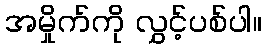
အမှိုက်ကို လွှင့်ပစ်ပါ။